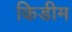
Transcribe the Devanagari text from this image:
किडीम